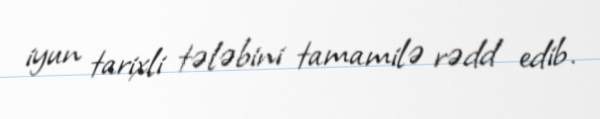
iyun tarixli tələbini tamamilə rədd edib.